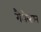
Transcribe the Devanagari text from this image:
गैलेस्टान